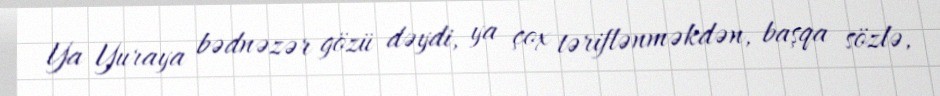
Ya Yuraya bədnəzər gözü dəydi, ya çox təriflənməkdən, başqa sözlə,